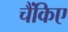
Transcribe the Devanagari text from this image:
चैंकिए